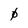
Character: 0